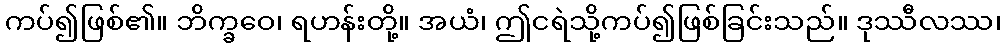
ကပ်၍ဖြစ်၏။ ဘိက္ခဝေ၊ ရဟန်းတို့။ အယံ၊ ဤငရဲသို့ကပ်၍ဖြစ်ခြင်းသည်။ ဒုဿီလဿ၊